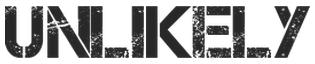
UNLIKELY